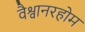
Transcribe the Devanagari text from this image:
वैश्वानरहोम